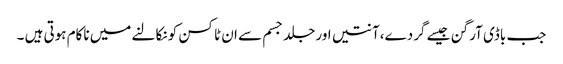
جب باڈی آرگن جیسے گردے،آنتیں اور جلد جسم سے ان ٹاکسن کو نکالنے میں ناکام ہوتی ہیں ۔